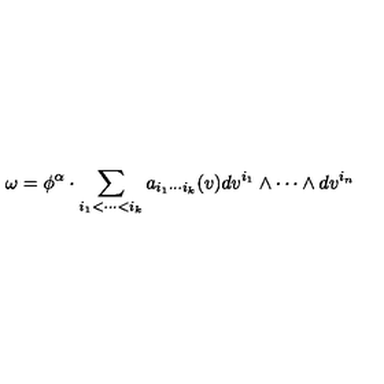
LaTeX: \omega = \phi ^ { \alpha } \cdot \sum _ { i _ { 1 } < \cdots < i _ { k } } a _ { i _ { 1 } \cdots i _ { k } } ( v ) d v ^ { i _ { 1 } } \wedge \cdots \wedge d v ^ { i _ { n } }